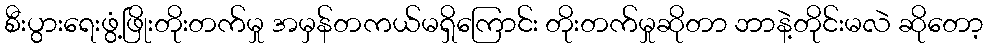
စီးပွားရေးဖွံ့ဖြိုးတိုးတက်မှု အမှန်တကယ်မရှိကြောင်း တိုးတက်မှုဆိုတာ ဘာနဲ့တိုင်းမလဲ ဆိုတော့